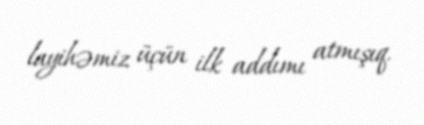
layihəmiz üçün ilk addımı atmışıq.